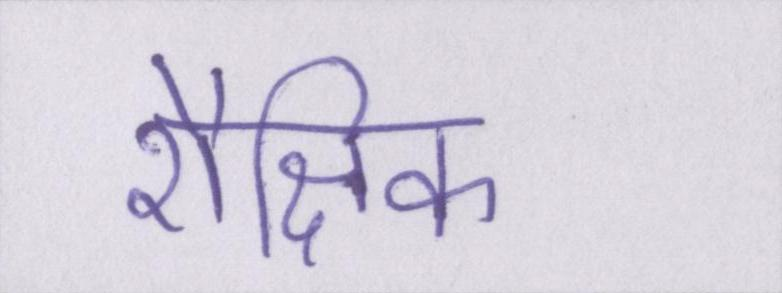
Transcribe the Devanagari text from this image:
शैक्षिक